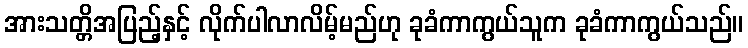
အားသတ္တိအပြည့်နှင့် လိုက်ပါလာလိမ့်မည်ဟု ခုခံကာကွယ်သူက ခုခံကာကွယ်သည်။